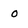
Character: 0